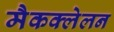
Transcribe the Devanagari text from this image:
मैकक्लेलन